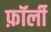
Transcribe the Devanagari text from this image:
फ़ॉर्ली